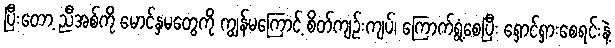
ပြီးတော့ ညီအစ်ကို မောင်နှမတွေကို ကျွန်မကြောင့် စိတ်ကျဉ်းကျပ်၊ ကြောက်ရွံ့စေပြီး ရှောင်ရှားစေရင်းနဲ့